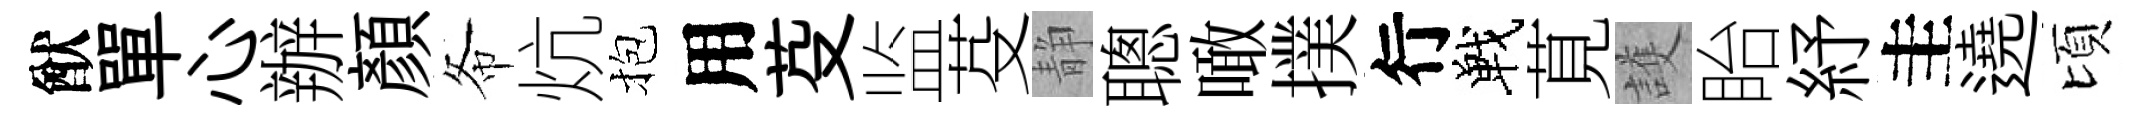
猷單心辦顔𢁙炕抱用芟监芟静聰噉撲行戰莧護眙紓圭遶頃